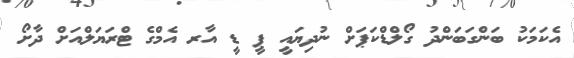
އެކަމަކު ބަންގަބަންދު ގޯލްޑްކަޕަށް ނުދިޔައީ ޕީ ޑީ އާރ އެމްގެ ޓްރަޔަލްއަށް ދާށޯ